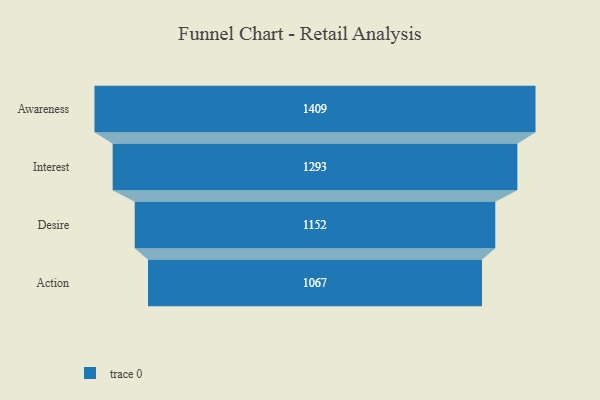
{"axis": {"x": "Stage", "y": "Value"}, "legend": [""], "data": [{"x": "Awareness", "y": 1409.0, "type": ""}, {"x": "Interest", "y": 1293.0, "type": ""}, {"x": "Desire", "y": 1152.0, "type": ""}, {"x": "Action", "y": 1067.0, "type": ""}]}